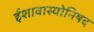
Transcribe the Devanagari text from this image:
ईशावास्योनिषद